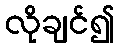
လိုချင်၍